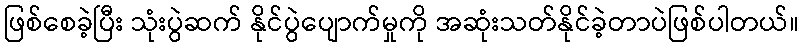
ဖြစ်စေခဲ့ပြီး သုံးပွဲဆက် နိုင်ပွဲပျောက်မှုကို အဆုံးသတ်နိုင်ခဲ့တာပဲဖြစ်ပါတယ်။